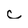
Character: c